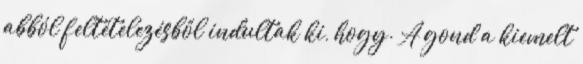
abból feltételezésből indultak ki, hogy. A gond a kiemelt